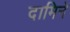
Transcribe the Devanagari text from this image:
दामिने